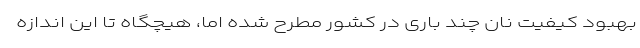
بهبود کیفیت نان چند باری در کشور مطرح شده اما، هیچگاه تا این اندازه